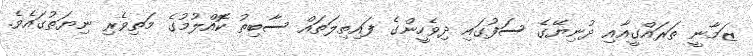
ޒަމާނީ ތަރައްގީއާއި ދުނިޔޭގެ ސަފުގައި ދިވެހީންގެ ފައިތިލަތައް ސާބިތު ކޮއްލުމުގެ މަތިވެރި ނިޔަތުގައެވެ.